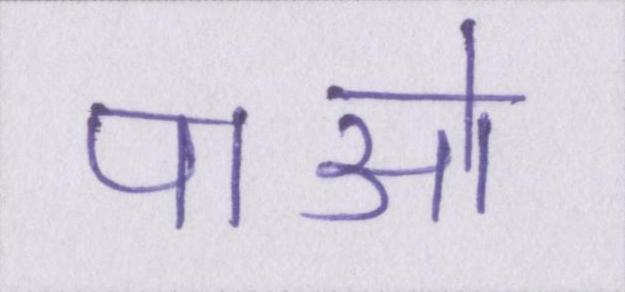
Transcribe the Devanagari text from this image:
पाओ